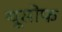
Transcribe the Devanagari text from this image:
यूसोफ